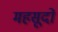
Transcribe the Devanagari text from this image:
महसूदों